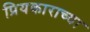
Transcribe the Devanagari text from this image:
प्रियकाराच्या